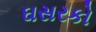
ઘસરકો